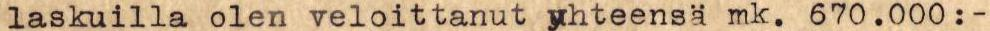
laskuilla olen veloittanut yhteensä mk. 670.000:-